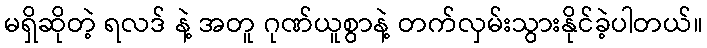
မရှိဆိုတဲ့ ရလဒ် နဲ့ အတူ ဂုဏ်ယူစွာနဲ့ တက်လှမ်းသွားနိုင်ခဲ့ပါတယ်။